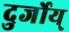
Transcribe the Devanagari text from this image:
दुर्जोय्